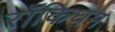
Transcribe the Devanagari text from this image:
रॉकिघम